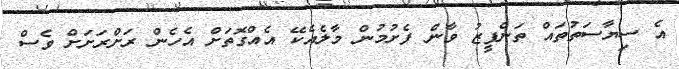
އެ ސިޔާސަތުތައް ތަންފީޒު ވާން ފެށުމުން މާލެއެކޭ އެއްގޮތަށް އެހެން ރަށްރަށަށް ވެސް